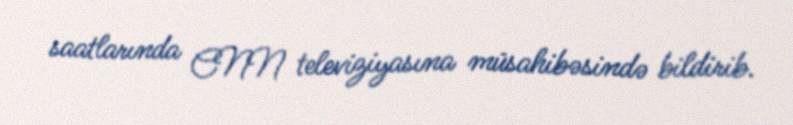
saatlarında CNN televiziyasına müsahibəsində bildirib.